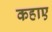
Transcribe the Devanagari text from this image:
कहाए